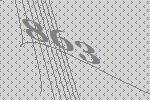
863